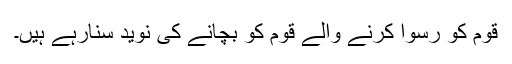
قوم کو رسوا کرنے والے قوم کو بچانے کی نوید سنارہے ہیں۔